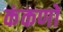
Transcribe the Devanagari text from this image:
कंकणों